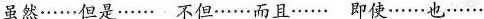
虽然……但是……不但……而且……即使……也……